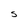
Character: S